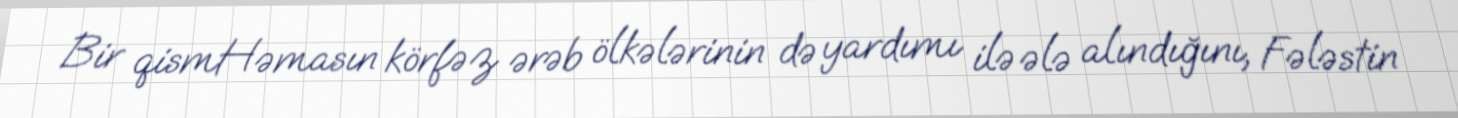
Bir qismHəmasın körfəz ərəb ölkələrinin də yardımı ilə ələ alındığını, Fələstin